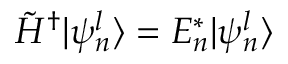
\tilde { H } ^ { \dagger } | \psi _ { n } ^ { l } \rangle = E _ { n } ^ { \ast } | \psi _ { n } ^ { l } \rangle